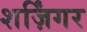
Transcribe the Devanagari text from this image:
शर्ज़िंगर